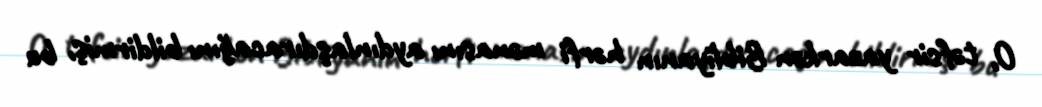
O, təfsir yazarkən Bibliyanın hərfi mənasını aydınlaşdıracağını bildirmiş, bu